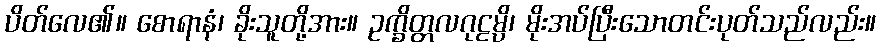
ပိတ်လေ၏။ စောရာနံ၊ ခိုးသူတို့အား။ ဥက္ခိတ္တလဂုဠမ္ပိ၊ မိုးအပ်ပြီးသောတင်းပုတ်သည်လည်း။